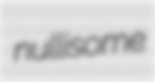
nullisome